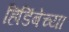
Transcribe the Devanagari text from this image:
हिडिंबेच्या